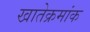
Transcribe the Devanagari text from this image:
खातेक्रमांक